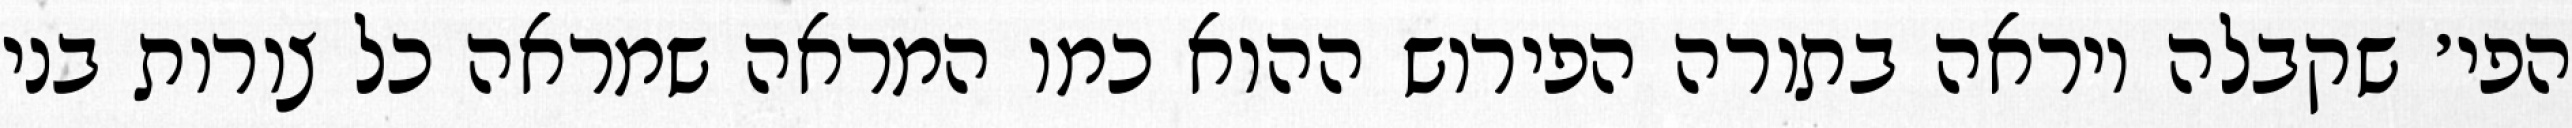
הפי׳ שקבלה ויראה בתורה הפירוש ההוא כמו המראה שמראה כל צורות בני